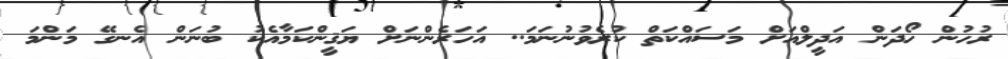
ރުހުން ހޯދަން އަދީލްއަށް މަސައްކަތް ކުރެވުނުނަމަ.. އަހަރެންނަށް ޔަޤީންކަމާއެކު ބުނަން އެނގޭ މަންމަ